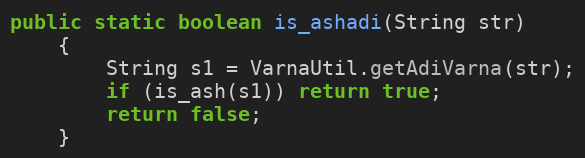
Language: Java
public static boolean is_ashadi(String str)
    {
        String s1 = VarnaUtil.getAdiVarna(str);
        if (is_ash(s1)) return true;
        return false;
    }